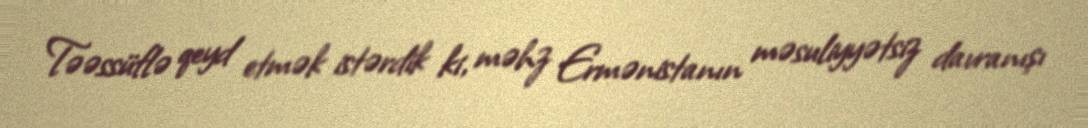
Təəssüflə qeyd etmək istərdik ki, məhz Ermənistanın məsuliyyətsiz davranışı